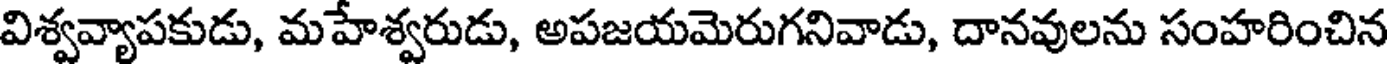
విశ్వవ్యాపకుడు, మహేశ్వరుడు, అపజయమెరుగనివాడు, దానవులను సంహరించిన